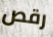
رقص